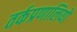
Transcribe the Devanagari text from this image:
तर्कप्रणालियों